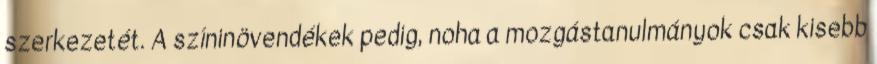
szerkezetét. A színinövendékek pedig, noha a mozgástanulmányok csak kisebb